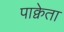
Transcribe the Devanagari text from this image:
पाक्वेता